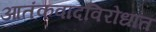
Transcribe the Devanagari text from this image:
आतंकवादविरोधात